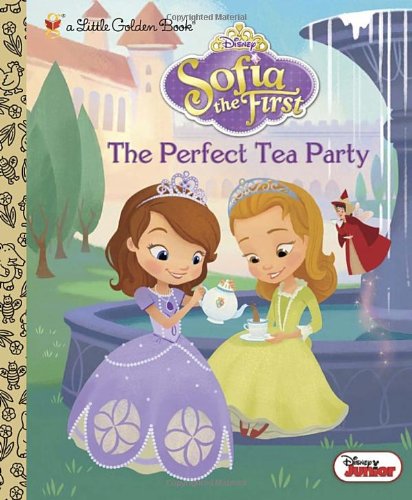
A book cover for The Perfect Tea Party (Disney Junior: Sofia the First) (Little Golden Book); Andrea Posner-Sanchez; Children's Books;